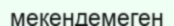
мекендемеген